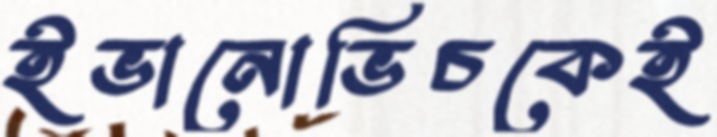
ইভানোভিচকেই